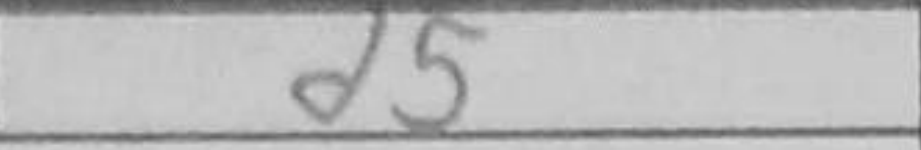
Transcription: d5